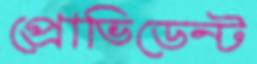
প্রোভিডেন্ট